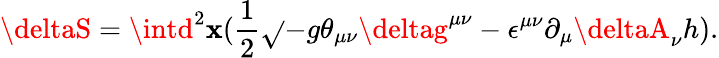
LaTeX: \deltaS=\intd^{2}\mathbf{x}(\frac{{1}}{{2}}\sqrt{}{{-g}}\theta_{\mu\nu}\deltag^{\mu\nu}-\epsilon^{\mu\nu}\partial_{\mu}\deltaA_{\nu}h).